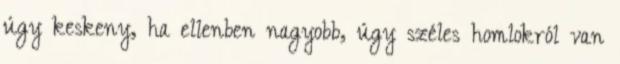
úgy keskeny, ha ellenben nagyobb, úgy széles homlokról van